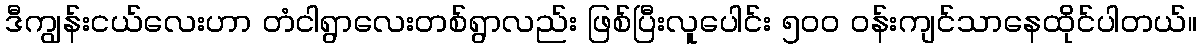
ဒီကျွန်းငယ်လေးဟာ တံငါရွာလေးတစ်ရွာလည်း ဖြစ်ပြီးလူပေါင်း ၅၀၀ ဝန်းကျင်သာနေထိုင်ပါတယ်။